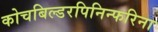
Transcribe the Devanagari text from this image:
कोचबिल्डरपिनिन्फरिना